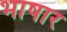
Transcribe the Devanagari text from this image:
भाषार